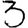
Digit: 3